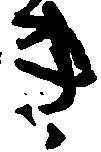
き